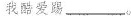
我酷爱踢___。